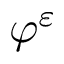
\varphi ^ { \varepsilon }